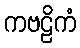
ကဗဠိကံ